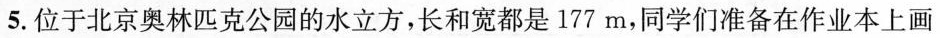
5. 位于北京奥林匹克公园的水立方，长和宽都是 177 m，同学们准备在作业本上画